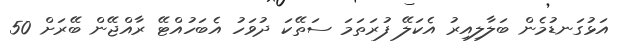
އަޅުގަނޑުމެން ބަލާލިއިރު އެކަލޭ ފުރަތަމަ ސަތޭކަ ދުވަހު އެބަހުއްޓޭ ރާއްޖޭން ބޭރަށް 50